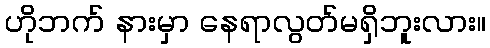
ဟိုဘက် နားမှာ နေရာလွတ်မရှိဘူးလား။